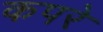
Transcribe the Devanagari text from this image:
कपरे